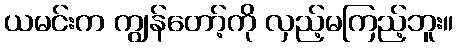
ယမင်းက ကျွန်တော့်ကို လှည့်မကြည့်ဘူး။